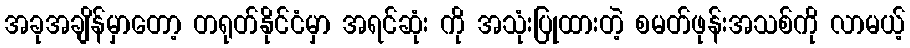
အခုအချိန်မှာတော့ တရုတ်နိုင်ငံမှာ အရင်ဆုံး ကို အသုံးပြုထားတဲ့ စမတ်ဖုန်းအသစ်ကို လာမယ့်